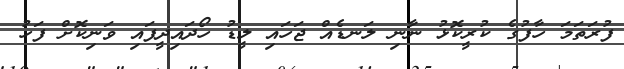
ފުރަތަމަ ހާފުގެ ކުރީކޮޅު ނާނި ލަނޑެއް ޖަހައި ލީޑު ހޯދައިދީފައި ވަނިކޮށް ފަހު